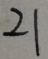
2 1